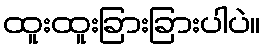
ထူးထူးခြားခြားပါပဲ။